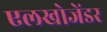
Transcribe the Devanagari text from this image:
एलखोजेंडर